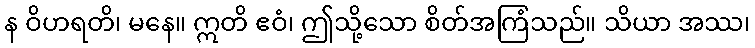
န ဝိဟရတိ၊ မနေ။ ဣတိ ဧဝံ၊ ဤသို့သော စိတ်အကြံသည်။ သိယာ အဿ၊